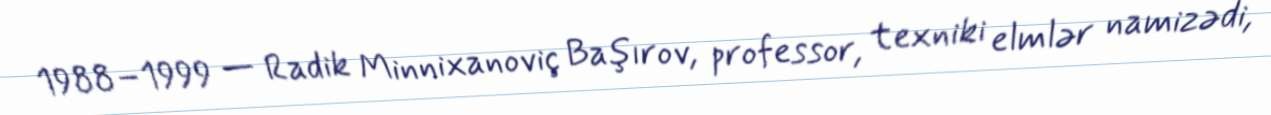
1988–1999 — Radik Minnixanoviç Başırov, professor, texniki elmlər namizədi,